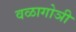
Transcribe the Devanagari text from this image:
वळागोञी